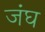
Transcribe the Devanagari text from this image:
जंघ